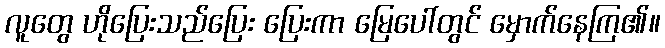
လူတွေ ဟိုပြေးသည်ပြေး ပြေးကာ မြေပေါ်တွင် မှောက်နေကြ၏။